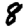
Digit: 8